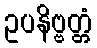
ဥပနိဗ္ဗတ္တံ